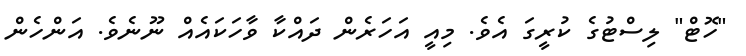
"ހޮޓް" ލިސްޓުގެ ކުރީގަ އެވެ. މިއީ އަހަރެން ދައްކާ ވާހަކައެއް ނޫނެވެ. އަންހެން